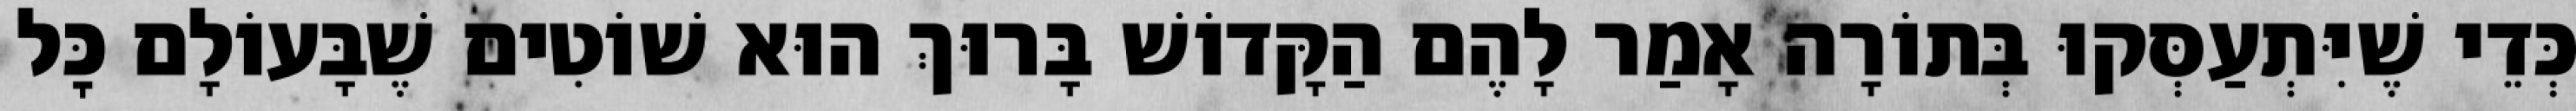
כְּדֵי שֶׁיִּתְעַסְּקוּ בְּתוֹרָה אָמַר לָהֶם הַקָּדוֹשׁ בָּרוּךְ הוּא שׁוֹטִים שֶׁבָּעוֹלָם כׇּל